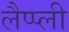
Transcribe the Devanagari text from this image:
लैप्प्ली